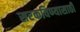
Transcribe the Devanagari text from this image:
सरकविण्यासाठी